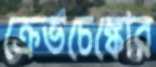
ক্রেভচেঙ্কোর